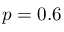
p = 0 . 6